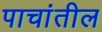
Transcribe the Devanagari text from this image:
पाचांतील